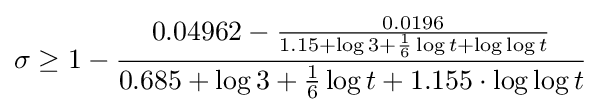
\sigma \geq 1-{\frac {0.04962-{\frac {0.0196}{1.15+\log 3+{\frac {1}{6}}\log t+\log \log t}}}{0.685+\log 3+{\frac {1}{6}}\log t+1.155\cdot \log \log t}}